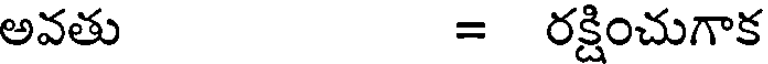
అవతు = రక్షించుగాక